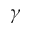
\gamma